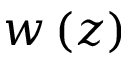
w \left( z \right)